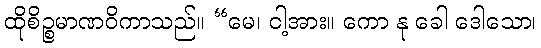
ထိုစိဉ္စမာဏဝိကာသည်။ “မေ၊ ငါ့အား။ ကော နု ခေါ ဒေါသော၊